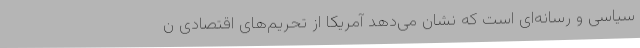
سیاسی و رسانه‌ای است که نشان می‌دهد آمریکا از تحریم‌های اقتصادی ن